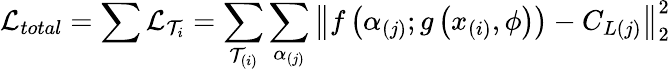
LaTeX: \mathcal{L}_{total}=\sum\mathcal{L}_{\mathcal{T}_{i}}=\sum_{\mathcal{T}_{(i)}}\sum_{\alpha_{(j)}}\left\| f\left(\alpha_{(j)};g\left(x_{(i)},\phi\right)\right)-C_{L(j)}\right\| _{2}^{2}